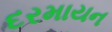
દરમાયન